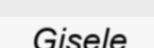
Gisele